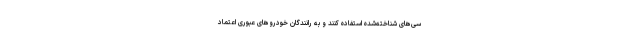
سی‌های شناخته‌شده استفاده کنند و به رانندگان خودروهای عبوری اعتماد